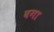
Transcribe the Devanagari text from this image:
वगा